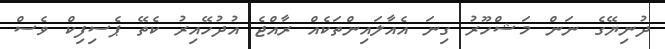
ދުނިޔޭގެ ނަން މަޝްހޫރު ގިނަ އެއާލައިންތަކެއް ރާއްޖެ އުދުހޭއިރު ކެތޭ ޕެސިފިކް ވެސް